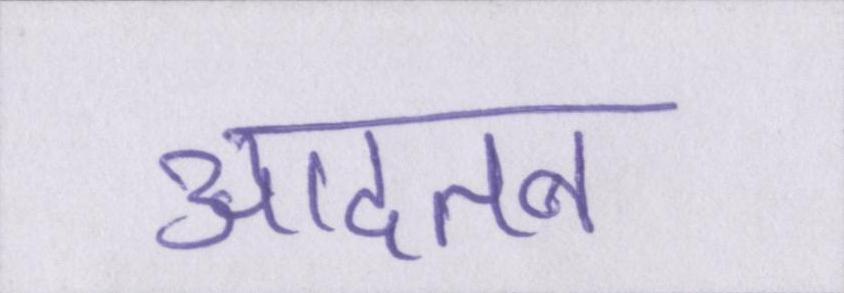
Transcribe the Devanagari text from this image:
आदतन